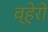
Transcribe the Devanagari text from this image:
व्हेरो